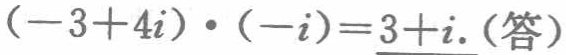
\((-3 + 4i)\cdot(-i)= 3 + i\)（答）